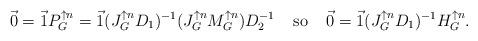
LaTeX: \begin{align*}\vec{0} = \vec{1}P_{G}^{\uparrow n} = \vec{1} (J_{G}^{\uparrow n} D_{1})^{-1} (J_{G}^{\uparrow n} M_{G}^{\uparrow n}) D_{2}^{-1} \; \; \; \; \mbox{so} \; \; \; \; \vec{0} = \vec{1} (J_{G}^{\uparrow n} D_{1})^{-1}H_{G}^{\uparrow n}.\end{align*}